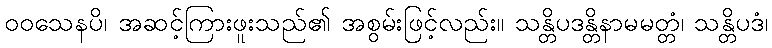
ဝဝသေနပိ၊ အဆင့်ကြားဖူးသည်၏ အစွမ်းဖြင့်လည်း။ သန္တိပဒန္တိနာမမတ္တံ၊ သန္တိပဒံ၊